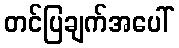
တင်ပြချက်အပေါ်